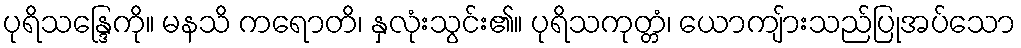
ပုရိသန္ဒြေကို။ မနသိ ကရောတိ၊ နှလုံးသွင်း၏။ ပုရိသကုတ္တံ၊ ယောကျ်ားသည်ပြုအပ်သော